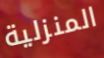
المنزلية